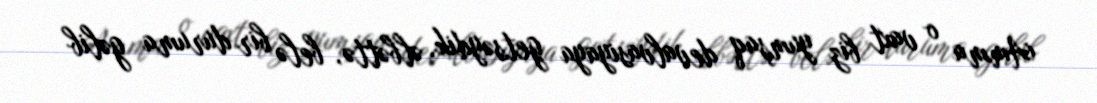
Amma o vaxt biz yumşaq devalvasiyaya getsəydik, əlbəttə, belə bir duruma gəlib